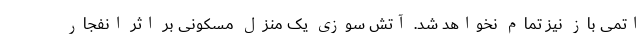
اتمی باز نیز تمام نخواهد شد. آتش سوزی یک منزل مسکونی بر اثر انفجار